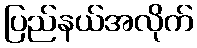
ပြည်နယ်အလိုက်